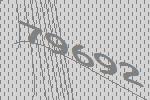
79692